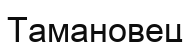
Тамановец